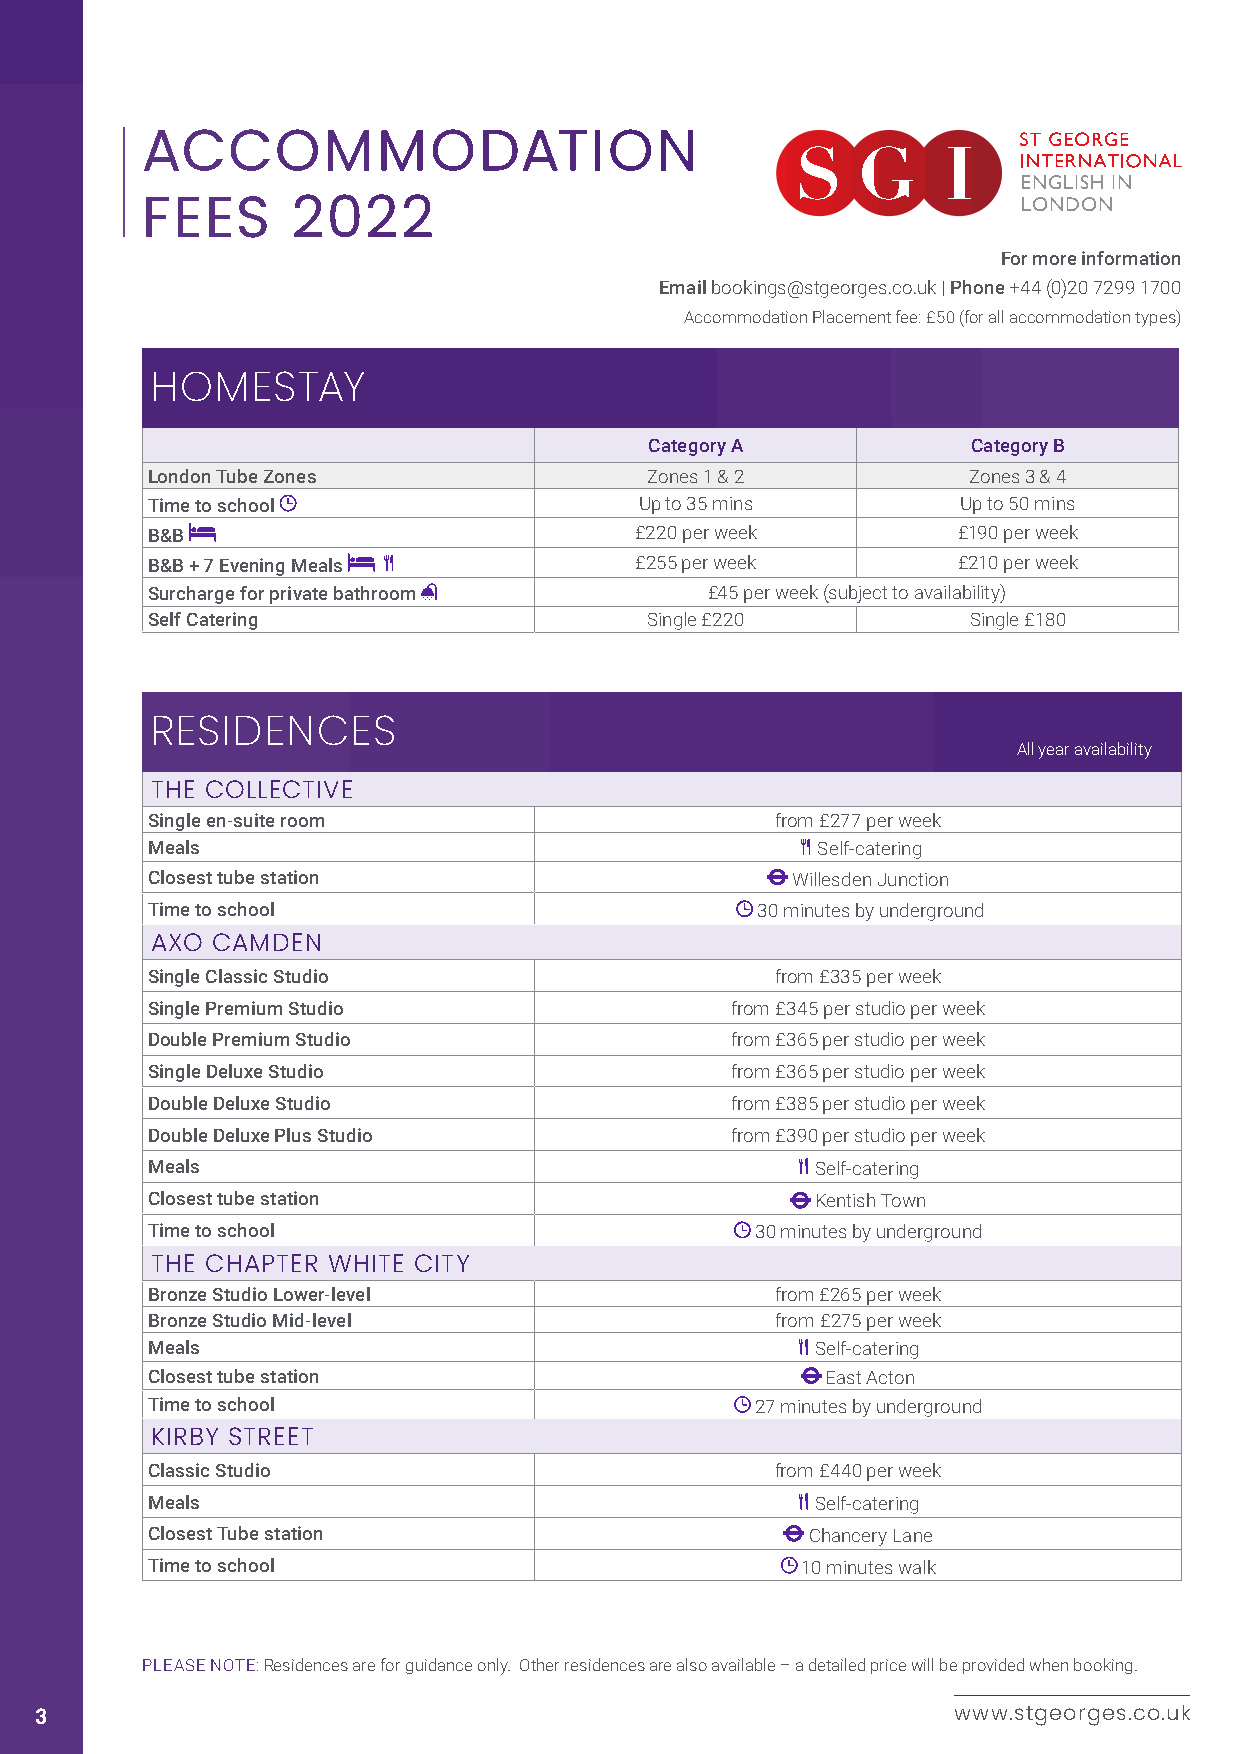
ACCOMMODATION
 ENGLISH IN
 LONDON
 FEES      2022
 For more information
 Email bookings@stgeorges.co.uk | Phone +44 (0)20 7299 1700
 Accommodation Placement fee: £50 (for all accommodation types)
 HOMESTAY
 Category A           Category B
 London Tube Zones                Zones 1 & 2          Zones 3 & 4
 Time to school                  Up to 35 mins         Up to 50 mins
 B&B                             £220 per week        £190 per week
 B&B + 7 Evening Meals           £255 per week        £210 per week
 Surcharge for private bathroom       £45 per week (subject to availability)
 Self Catering                    Single £220          Single £180
 RESIDENCES
 All year availability
 THE COLLECTIVE
 Single en-suite room                     from £277 per week
 Meals                                       Self-catering
 Closest tube station                      Willesden Junction
 Time to school                          30 minutes by underground
 AXO CAMDEN
 Single Classic Studio                    from £335 per week
 Single Premium Studio                 from £345 per studio per week
 Double Premium Studio                 from £365 per studio per week
 Single Deluxe Studio                  from £365 per studio per week
 Double Deluxe Studio                  from £385 per studio per week
 Double Deluxe Plus Studio             from £390 per studio per week
 Meals                                       Self-catering
 Closest tube station                        Kentish Town
 Time to school                          30 minutes by underground
 THE CHAPTER WHITE CITY
 Bronze Studio Lower-level                from £265 per week
 Bronze Studio Mid-level                  from £275 per week
 Meals                                       Self-catering
 Closest tube station                         East Acton
 Time to school                          27 minutes by underground
 KIRBY STREET
 Classic Studio                           from £440 per week
 Meals                                       Self-catering
 Closest Tube station                       Chancery Lane
 Time to school                             10 minutes walk
 PLEASE NOTE: Residences are for guidance only. Other residences are also available – a detailed price will be provided when booking.
 3                                                            www.stgeorges.co.uk